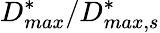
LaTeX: D_{max}^{*}/D_{max,s}^{*}